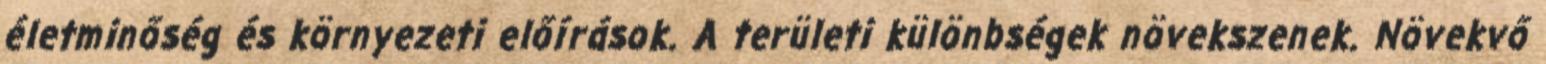
életminőség és környezeti előírások. A területi különbségek növekszenek. Növekvő